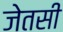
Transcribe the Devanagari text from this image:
जेतसी